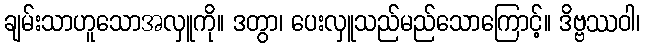
ချမ်းသာဟူသောအလှူကို။ ဒတွာ၊ ပေးလှူသည်မည်သောကြောင့်။ ဒိဗ္ဗဿဝါ၊